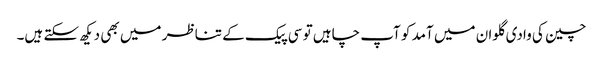
چین کی وادی گلوان میں آمد کو آپ چاہیں تو سی پیک کے تناظر میں بھی دیکھ سکتے ہیں۔